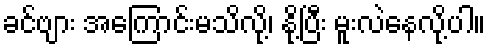
ခင်ဗျား အကြောင်းမသိလို့၊ နို့ပြီး မူးလဲနေလို့ပါ။